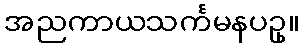
အညကာယသင်္ကမနပဥှ။